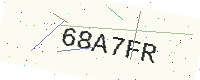
Text: 68A7FR